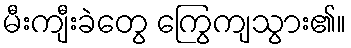
မီးကျီးခဲတွေ ကြွေကျသွား၏။